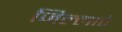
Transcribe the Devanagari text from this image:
जिल्लाएं